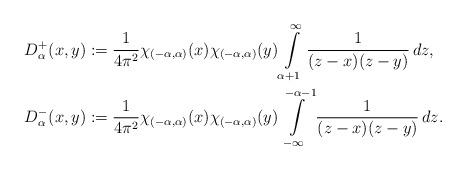
LaTeX: \begin{align*}D_{\alpha}^+(x,y)& := \frac{1}{4\pi^2}\chi_{(-\alpha,\alpha)}(x)\chi_{(-\alpha,\alpha)}(y)\int\limits_{\alpha+1}^\infty \frac{1}{(z-x)(z-y)}\, dz,\\D_{\alpha}^-(x,y)&:= \frac{1}{4\pi^2}\chi_{(-\alpha,\alpha)}(x)\chi_{(-\alpha,\alpha)}(y)\int\limits_{-\infty}^{-\alpha-1} \frac{1}{(z-x)(z-y)}\, dz.\end{align*}